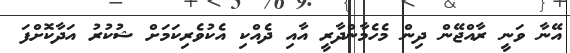
އޭނާ ވަނީ ރާއްޖޭން ދިން މެހެމާންދާރީ އާއި ދެއްކި އެކުވެރިކަމަށް ޝުކުރު އަދާކޮށްފަ